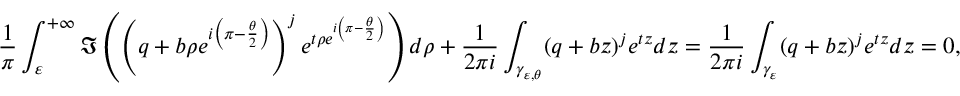
\frac { 1 } { \pi } \int _ { \varepsilon } ^ { + \infty } \Im \left( \left( q + b \rho e ^ { i \left( \pi - \frac { \theta } { 2 } \right) } \right) ^ { j } e ^ { t \rho e ^ { i \left( \pi - \frac { \theta } { 2 } \right) } } \right) d \rho + \frac { 1 } { 2 \pi i } \int _ { \gamma _ { \varepsilon , \theta } } ( q + b z ) ^ { j } e ^ { t z } d z = \frac { 1 } { 2 \pi i } \int _ { \gamma _ { \varepsilon } } ( q + b z ) ^ { j } e ^ { t z } d z = 0 ,